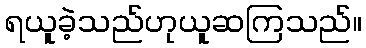
ရယူခဲ့သည်ဟုယူဆကြသည်။